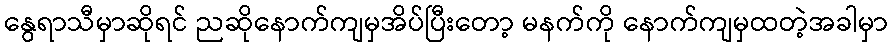
နွေရာသီမှာဆိုရင် ညဆိုနောက်ကျမှအိပ်ပြီးတော့ မနက်ကို နောက်ကျမှထတဲ့အခါမှာ